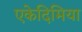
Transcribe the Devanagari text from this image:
एकेदिमिया